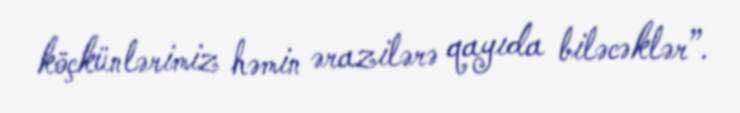
köçkünlərimiz həmin ərazilərə qayıda biləcəklər”.